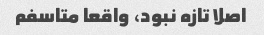
اصلا تازه نبود، واقعا متاسفم